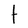
Character: t